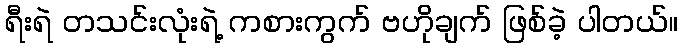
ရီးရဲ တသင်းလုံးရဲ့ ကစားကွက် ဗဟိုချက် ဖြစ်ခဲ့ ပါတယ်။